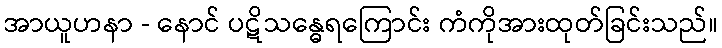
အာယူဟနာ - နောင် ပဋိသန္ဓေရကြောင်း ကံကိုအားထုတ်ခြင်းသည်။